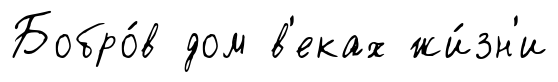
Бобро́в дом в'еках жи́зн'и